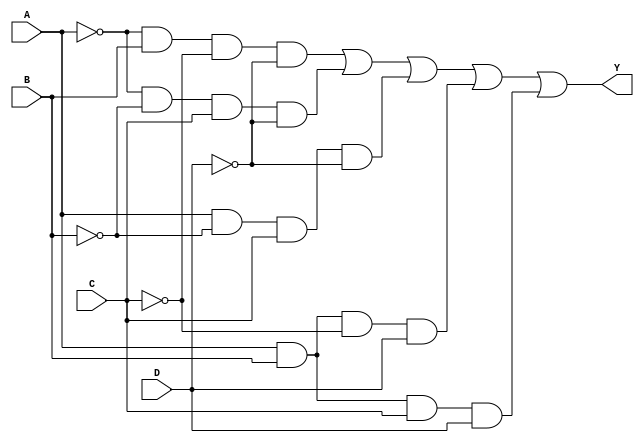
module clb_prime_implicants (
    input wire A,
    input wire B,
    input wire C,
    input wire D,
    output wire Y
);

    // Define the minterms for which the output should be high
    // For example, let's assume we want to implement the function for minterms 1, 2, 5, 6, 7 (A'B, AB', AB, ABC, etc.)
    wire m1 = (~A & B & ~C & ~D); // minterm 1
    wire m2 = (~A & ~B & C & ~D); // minterm 2
    wire m5 = (A & ~B & C & ~D);  // minterm 5
    wire m6 = (A & B & ~C & D);   // minterm 6
    wire m7 = (A & B & C & D);    // minterm 7

    // Combine the minterms using OR to generate the output Y
    assign Y = m1 | m2 | m5 | m6 | m7;

endmodule